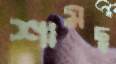
শামছু